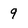
Character: 9